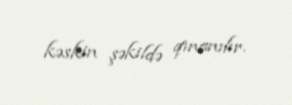
kəskin şəkildə qınanılır.